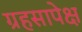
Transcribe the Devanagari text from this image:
ग्रहसापेक्ष